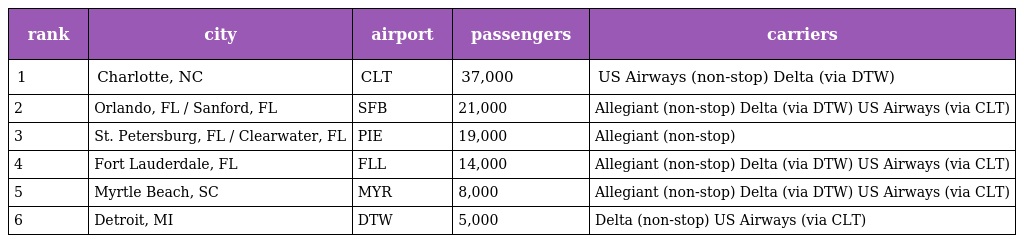
| rank | city | airport | passengers | carriers |
 | --- | --- | --- | --- | --- |
 | 1 | Charlotte, NC | CLT | 37,000 | US Airways (non-stop) Delta (via DTW) |
 | 2 | Orlando, FL / Sanford, FL | SFB | 21,000 | Allegiant (non-stop) Delta (via DTW) US Airways (via CLT) |
 | 3 | St. Petersburg, FL / Clearwater, FL | PIE | 19,000 | Allegiant (non-stop) |
 | 4 | Fort Lauderdale, FL | FLL | 14,000 | Allegiant (non-stop) Delta (via DTW) US Airways (via CLT) |
 | 5 | Myrtle Beach, SC | MYR | 8,000 | Allegiant (non-stop) Delta (via DTW) US Airways (via CLT) |
 | 6 | Detroit, MI | DTW | 5,000 | Delta (non-stop) US Airways (via CLT) |